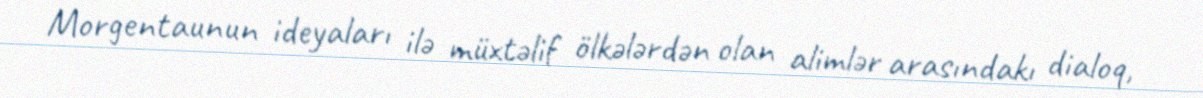
Morgentaunun ideyaları ilə müxtəlif ölkələrdən olan alimlər arasındakı dialoq,